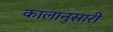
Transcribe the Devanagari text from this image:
कालानुसारी